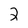
Character: 2